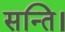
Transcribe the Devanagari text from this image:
सन्ति।